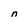
Character: n